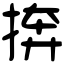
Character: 捹